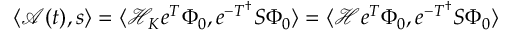
\langle \mathcal { A } ( t ) , s \rangle = \langle \mathcal { H } _ { K } e ^ { T } \Phi _ { 0 } , e ^ { - T ^ { \dag } } S \Phi _ { 0 } \rangle = \langle \mathcal { H } e ^ { T } \Phi _ { 0 } , e ^ { - T ^ { \dag } } S \Phi _ { 0 } \rangle